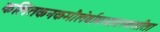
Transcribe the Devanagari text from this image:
कलितकनकमौलेर्वामभागस्थसीता